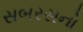
સબરસનો